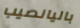
باليانصيب